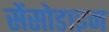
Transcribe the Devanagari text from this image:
सेंसोडाइन